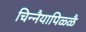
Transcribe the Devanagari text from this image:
चिन्नैयापिळ्ळै